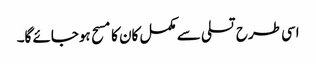
اسی طرح تسلی سے مکمل کان کا مسح ہوجائے گا۔